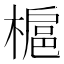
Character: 槴